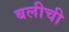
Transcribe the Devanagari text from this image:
बलीची